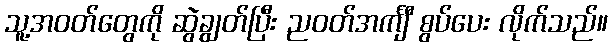
သူ့အဝတ်တွေကို ဆွဲချွတ်ပြီး ညဝတ်အင်္ကျီ စွပ်ပေး လိုက်သည်။